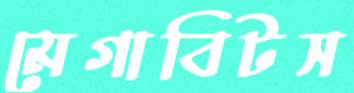
মেগাবিটস